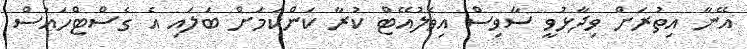
އޭނާ އިތުރަށް ވިދާޅުވީ ސާވިސް އިވެލުއޭޓް ކުރާ ކަންކަމަށް ބަލައި އެ ގެސްޓްހައުސް